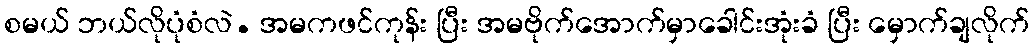
စမယ် ဘယ်လိုပုံစံလဲ. အမကဖင်ကုန်း ပြီး အမဗိုက်အောက်မှာခေါင်းအုံးခံ ပြီး မှောက်ချလိုက်